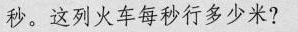
秒。这列火车每秒行多少米?